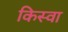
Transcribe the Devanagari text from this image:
किस्वा